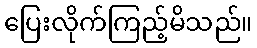
ပြေးလိုက်ကြည့်မိသည်။